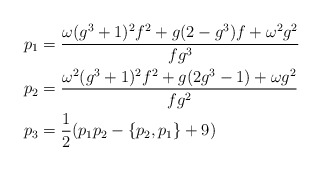
\begin{align*}p_1 &= \frac{\omega (g^3+1)^2f^2 + g(2-g^3)f + \omega^2 g^2}{fg^3}\\p_2 &= \frac{\omega^2 (g^3+1)^2f^2 + g(2g^3-1) + \omega g^2}{fg^2}\\p_3 &= \frac{1}{2}(p_1p_2 - \{p_2,p_1\}+9)\end{align*}